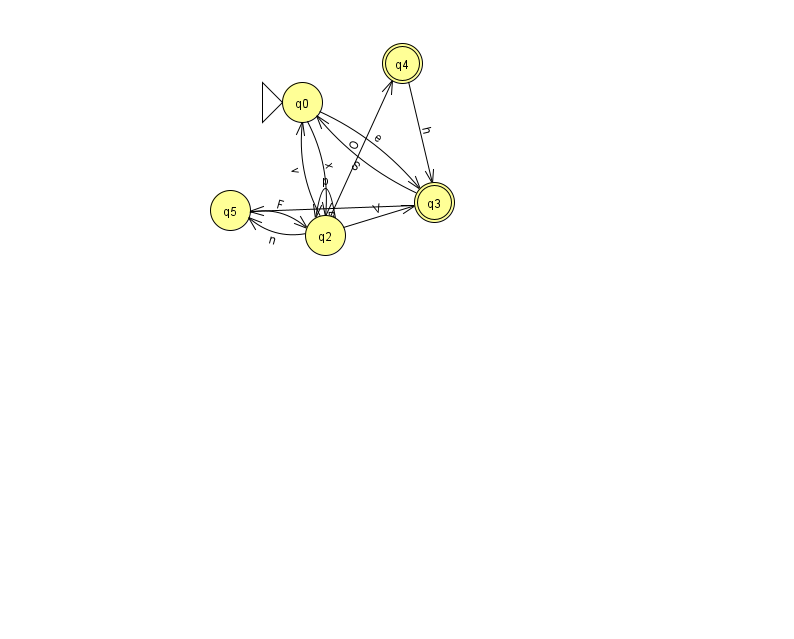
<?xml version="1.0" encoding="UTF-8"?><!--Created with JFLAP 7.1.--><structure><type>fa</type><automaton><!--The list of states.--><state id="0" name="q0"><x>302.0</x><y>89.0</y><initial/></state><state id="2" name="q2"><x>325.0</x><y>222.0</y></state><state id="3" name="q3"><x>434.0</x><y>189.0</y><final/></state><state id="4" name="q4"><x>402.0</x><y>50.0</y><final/></state><state id="5" name="q5"><x>230.0</x><y>197.0</y></state><!--The list of transitions.--><transition><from>2</from><to>2</to><read>p</read></transition><transition><from>2</from><to>5</to><read>n</read></transition><transition><from>3</from><to>0</to><read>S</read></transition><transition><from>0</from><to>3</to><read>e</read></transition><transition><from>2</from><to>0</to><read>v</read></transition><transition><from>2</from><to>3</to><read>V</read></transition><transition><from>4</from><to>3</to><read>h</read></transition><transition><from>0</from><to>2</to><read>x</read></transition><transition><from>5</from><to>2</to><read>F</read></transition><transition><from>2</from><to>4</to><read>O</read></transition><transition><from>3</from><to>5</to><read>B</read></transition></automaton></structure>